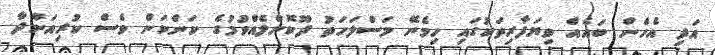
އަދި އެހެން ބައެއް ވިޔަފާރިތަކުގައި ހިމެނޭ މަސްލަހަތު ދޫކޮށްލެއްވުމުގެ ކަންކަން ވެސް ކުރިއަށްދާ